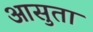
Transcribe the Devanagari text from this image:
आसुता